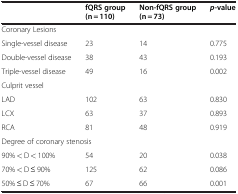
<table><thead><tr><td><b> </b></td><td><b>fQRS group (n = 110)</b></td><td><b>Non-fQRS group (n = 73)</b></td><td><b><i>p</i>-value</b></td></tr></thead><tbody><tr><td colspan="4">Coronary Lesions</td></tr><tr><td>Single-vessel disease</td><td>23</td><td>14</td><td>0.775</td></tr><tr><td>Double-vessel disease</td><td>38</td><td>43</td><td>0.193</td></tr><tr><td>Triple-vessel disease</td><td>49</td><td>16</td><td>0.002</td></tr><tr><td colspan="4">Culprit vessel</td></tr><tr><td>LAD</td><td>102</td><td>63</td><td>0.830</td></tr><tr><td>LCX</td><td>63</td><td>37</td><td>0.893</td></tr><tr><td>RCA</td><td>81</td><td>48</td><td>0.919</td></tr><tr><td colspan="4">Degree of coronary stenosis</td></tr><tr><td>90% &lt; D &lt; 100%</td><td>54</td><td>20</td><td>0.038</td></tr><tr><td>70% &lt; D ≤ 90%</td><td>125</td><td>62</td><td>0.086</td></tr><tr><td>50% ≤ D ≤ 70%</td><td>67</td><td>66</td><td>0.001</td></tr></tbody></table>